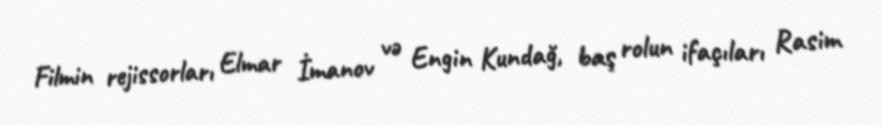
Filmin rejissorları Elmar İmanov və Engin Kundağ, baş rolun ifaçıları Rasim